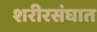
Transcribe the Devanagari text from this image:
शरीरसंघात